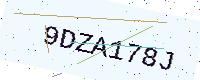
Text: 9DZA178J